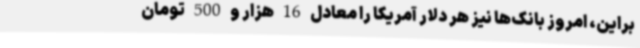
براین، امروز بانک‌ها نیز هر دلار آمریکا را معادل 16 هزار و 500 تومان